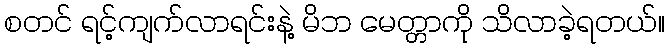
စတင် ရင့်ကျက်လာရင်းနဲ့ မိဘ မေတ္တာကို သိလာခဲ့ရတယ်။